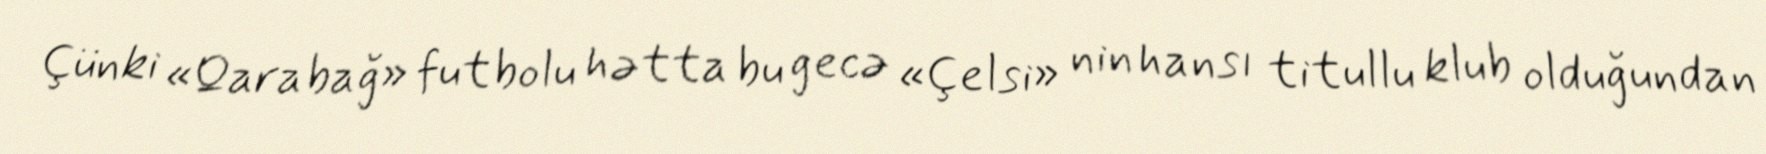
Çünki «Qarabağ» futbolu hətta bu gecə «Çelsi» nin hansı titullu klub olduğundan